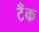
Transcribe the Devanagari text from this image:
टॅँक